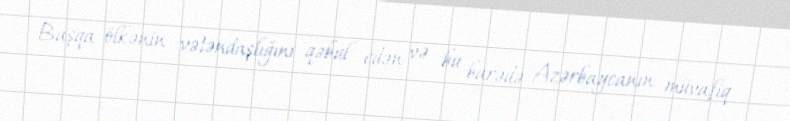
Başqa ölkənin vətəndaşlığını qəbul edən və bu barədə Azərbaycanın müvafiq